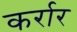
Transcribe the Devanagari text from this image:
कर्रार